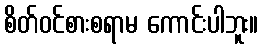
စိတ်ဝင်စားစရာမ ကောင်းပါဘူး။